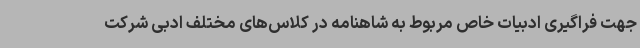
جهت فراگیری ادبیات خاص مربوط به شاهنامه در کلاس‌های مختلف ادبی شرکت